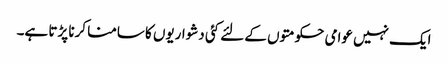
ایک نہیں عوامی حکومتوں کے لئے کئی دشواریوں کا سامنا کرنا پڑتا ہے۔